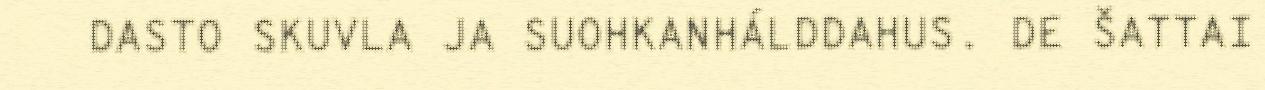
DASTO SKUVLA JA SUOHKANHÁLDDAHUS. DE ŠATTAI